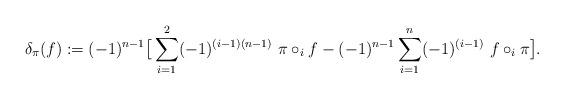
LaTeX: \begin{align*}\delta_\pi (f) := (-1)^{n-1} \big[ \sum_{i =1}^2 (-1)^{(i-1)(n-1)}~ \pi \circ_i f -(-1)^{n-1} \sum_{i=1}^n (-1)^{(i-1)}~ f \circ_i \pi \big].\end{align*}